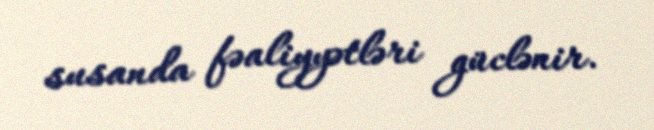
susanda fəaliyyətləri güclənir.